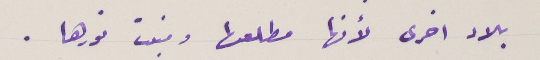
بلاد اخرى لأنها مطلعها ومنبت نورها.